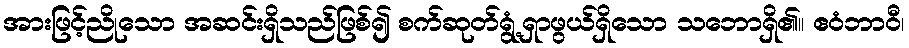
အားဖြင့်ညိုသော အဆင်းရှိသည်ဖြစ်၍ စက်ဆုတ်ရွံ့ရှာဖွယ်ရှိသော သဘောရှိ၏။ ဧဝံဘာဝီ၊